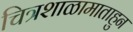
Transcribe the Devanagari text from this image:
चित्रशाळामाताहुन